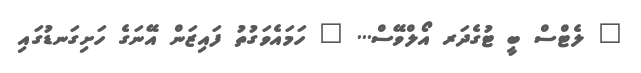
" ލެޓްސް ބީ ޓުގެދަރ އޯލްވޭސް... " ހަމައެވަގުތު ފައިޒަން އޭނަގެ ހަށިގަނޑުގައި